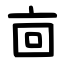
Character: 㐭